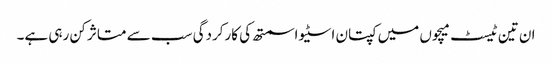
ان تین ٹیسٹ میچوں میں کپتان اسٹیو اسمتھ کی کارکردگی سب سے متاثر کن رہی ہے۔